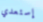
إستعدي